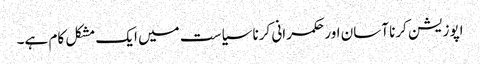
اپوزیشن کرنا آسان اور حکمرانی کرنا سیاست میں ایک مشکل کام ہے۔